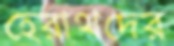
হেরাথদের